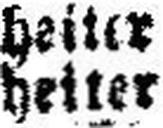
heiter